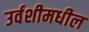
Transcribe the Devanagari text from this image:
उर्वशीमधील